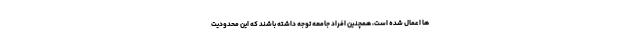
ها اعمال شده است، همچنین افراد جامعه توجه داشته باشند که این محدودیت